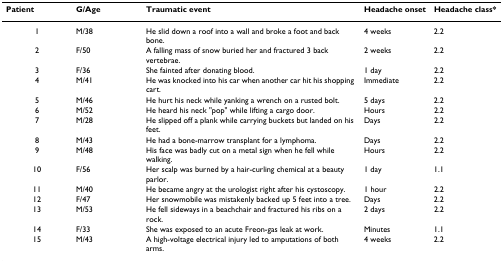
<table><thead><tr><td><b>Patient</b></td><td><b>G/Age</b></td><td><b>Traumatic event</b></td><td><b>Headache onset</b></td><td><b>Headache class*</b></td></tr></thead><tbody><tr><td>1</td><td>M/38</td><td>He slid down a roof into a wall and broke a foot and back bone.</td><td>4 weeks</td><td>2.2</td></tr><tr><td>2</td><td>F/50</td><td>A falling mass of snow buried her and fractured 3 back vertebrae.</td><td>2 weeks</td><td>2.2</td></tr><tr><td>3</td><td>F/36</td><td>She fainted after donating blood.</td><td>1 day</td><td>2.2</td></tr><tr><td>4</td><td>M/41</td><td>He was knocked into his car when another car hit his shopping cart.</td><td>Immediate</td><td>2.2</td></tr><tr><td>5</td><td>M/46</td><td>He hurt his neck while yanking a wrench on a rusted bolt.</td><td>5 days</td><td>2.2</td></tr><tr><td>6</td><td>M/52</td><td>He heard his neck &quot;pop&quot; while lifting a cargo door.</td><td>Hours</td><td>2.2</td></tr><tr><td>7</td><td>M/28</td><td>He slipped off a plank while carrying buckets but landed on his feet.</td><td>Days</td><td>2.2</td></tr><tr><td>8</td><td>M/43</td><td>He had a bone-marrow transplant for a lymphoma.</td><td>Days</td><td>2.2</td></tr><tr><td>9</td><td>M/48</td><td>His face was badly cut on a metal sign when he fell while walking.</td><td>Hours</td><td>2.2</td></tr><tr><td>10</td><td>F/56</td><td>Her scalp was burned by a hair-curling chemical at a beauty parlor.</td><td>1 day</td><td>1.1</td></tr><tr><td>11</td><td>M/40</td><td>He became angry at the urologist right after his cystoscopy.</td><td>1 hour</td><td>2.2</td></tr><tr><td>12</td><td>F/47</td><td>Her snowmobile was mistakenly backed up 5 feet into a tree.</td><td>Days</td><td>2.2</td></tr><tr><td>13</td><td>M/53</td><td>He fell sideways in a beachchair and fractured his ribs on a rock.</td><td>2 days</td><td>2.2</td></tr><tr><td>14</td><td>F/33</td><td>She was exposed to an acute Freon-gas leak at work.</td><td>Minutes</td><td>1.1</td></tr><tr><td>15</td><td>M/43</td><td>A high-voltage electrical injury led to amputations of both arms.</td><td>4 weeks</td><td>2.2</td></tr></tbody></table>